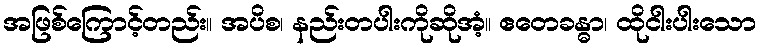
အဖြစ်ကြောင့်တည်း။ အပိစ၊ နည်းတပါးကိုဆိုအံ့။ ဧတေခန္ဓာ၊ ထိုငါးပါးသော